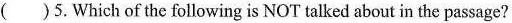
( )5.Which of the following is NOT talked about in the passage?